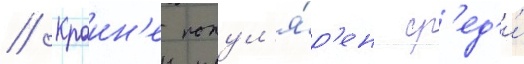
// Краин'е попул'я́р'ен ср'ед'и́